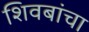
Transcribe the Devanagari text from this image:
शिवबांचा